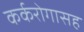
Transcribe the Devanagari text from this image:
कर्करोगासह